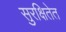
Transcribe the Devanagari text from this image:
सुरक्षितेत